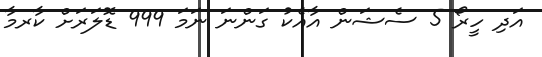
އަދި ހީރޯ 5 ސެޝަން އާއެކު ގަންނަ ނަމަ 999 ޑޮލަރަށް ކާރމާ